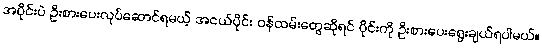
အပိုင်းပဲ ဦးစားပေးလုပ်ဆောင်ရမယ့် အငယ်ပိုင်း ဝန်ထမ်းတွေဆိုရင် ပိုင်းကို ဦးစားပေးရွေးချယ်ရပါမယ်။